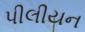
પીલીયન